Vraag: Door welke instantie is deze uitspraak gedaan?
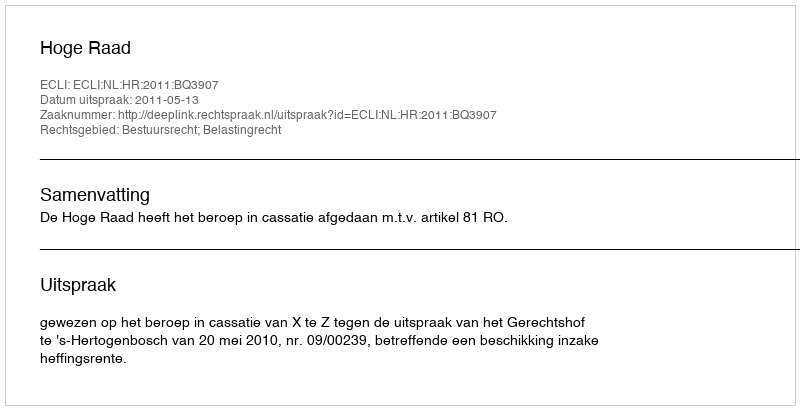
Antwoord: Hoge Raad